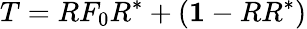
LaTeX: T=RF_{0}R^{*}+({\mathbf 1}-RR^{*})